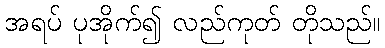
အရပ် ပုအိုက်၍ လည်ကုတ် တိုသည်။